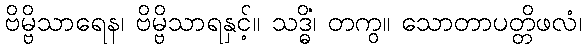
ဗိမ္ဗိသာရေန၊ ဗိမ္ဗိသာရနှင့်။ သဒ္ဓိံ၊ တကွ။ သောတာပတ္တိဖလံ၊